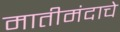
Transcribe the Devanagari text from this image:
मातीमंदाचे